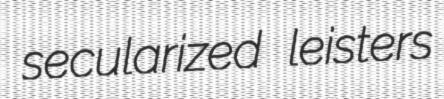
secularized leisters